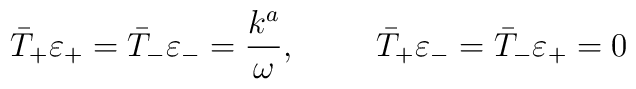
\bar{T}_+{\varepsilon}_+ = \bar{T}_-\varepsilon_- = \frac{k^a}{\omega}, \hskip 1.0cm \bar{T}_+{\varepsilon}_- = \bar{T}_-\varepsilon_+ = 0